Code of medical and sanitary regulations for the guidance of medical officers serving in the Madras Presidency - Volume I
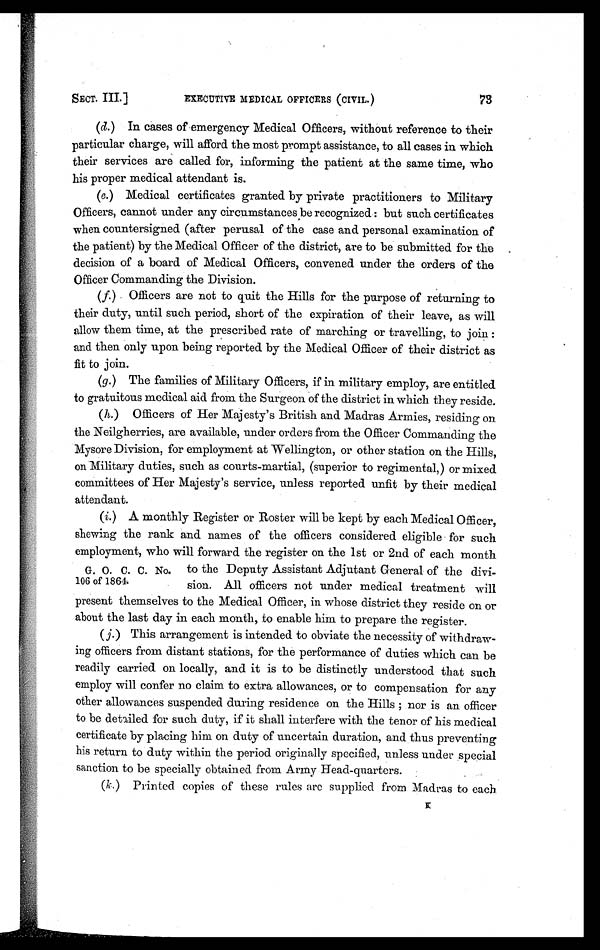
SECT. III.]
EXECUTIVE MEDICAL OFFICERS (CIVIL.)
(d.) In cases of emergency Medical Officers, without reference to their
particular charge, will afford the most prompt assistance, to all cases in which
their services are called for, informing the patient at the same time, who
his proper medical attendant is.
(e.) Medical certificates granted by private practitioners to Military
Officers, cannot under any circumstances be recognized: but such certificates
when countersigned (after perusal of the case and personal examination of
the patient) by the Medical Officer of the district, are to be submitted for the
decision of a board of Medical Officers, convened under the orders of the
Officer Commanding the Division.
(f) Officers are not to quit the Hills for the purpose of returning to
their duty, until such period, short of the expiration of their leave, as will
allow them time, at the prescribed rate of marching or travelling, to join :
and then only upon being reported by the Medical Officer of their district as
fit to join.
(g.) The families of Military Officers, if in military employ, are entitled
to gratuitous medical aid from the Surgeon of the district in which they reside.
(h) Officers of Her Majesty's British and Madras Armies, residing on
the Neilgherries, are available, under orders from the Officer Commanding the
Mysore Division, for employment at Wellington, or other station on the Hills,
on Military duties, such as courts-martial, (superior to regimental,) or mixed
committees of Her Majesty's service, unless reported unfit by their medical
attendant.
(i) A monthly Register or Roster will be kept by each Medical Officer,
shewing the rank and names of the officers considered eligible for such
employment, who will forward the register on the 1st or 2nd of each month
G. O. C. C. No. to the Deputy Assistant Adjutant General of the divi-
1 0 6 o f 1 8 6 4 . s i o n . Al l o f f i c e r s n o t u n d e r me d i c a l t r e a t me n t wi l l
present themselves to the Medical Officer, in whose district they reside on or
about the last day in each month, to enable him to prepare the register.
(j) This arrangement is intended to obviate the necessity of withdraw-
ing officers from distant stations, for the performance of duties which can be
readily carried on locally, and it is to be distinctly understood that such
employ will confer no claim to extra allowances, or to compensation for any
other allowances suspended during residence on the Hills ; nor is an officer
to be detailed for such duty, if it shall interfere with the tenor of his medical
certificate by placing him on duty of uncertain duration, and thus preventing
his return to duty within the period originally specified, unless under special
sanction to be specially obtained from Army Head-quarters.
(k.) Printed copies of these rules are supplied from Madras to each